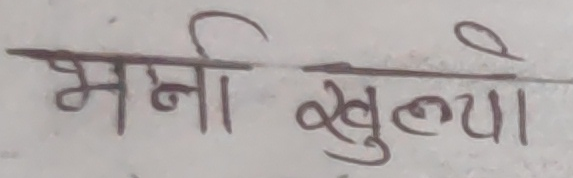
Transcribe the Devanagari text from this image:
भर्ना खुल्यो